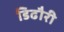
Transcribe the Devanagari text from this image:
डिढौरी